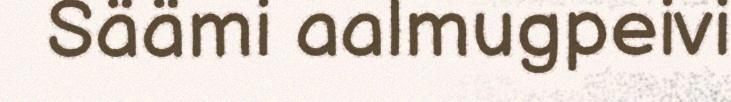
Säämi aalmugpeivi